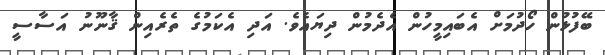
ބޭފުޅުން ހޯދުމަށް އެބައިމީހުން އެދެމުން ދިޔައެވެ. އަދި އެކަމުގެ ތެރެއިން ޤާނޫނު އަސާސީ